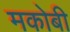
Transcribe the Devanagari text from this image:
मकोबी